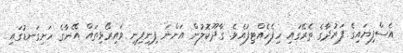
އެސްފިޔައިގެ ފަރުދާގެ ތެރޭގައި ހިފެހެއްޓިފައެވެ. ގާދޫކޮލުން އަންނަ ފިނިފިނި ވައިރޯޅިތައް އޭނާގެ ހަށިގަނޑުގައި